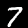
Label: 7